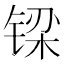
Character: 𮸓